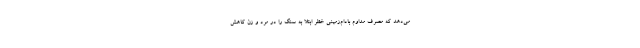
می‌دهد که مصرف مداوم بادام‌زمینی خطر ابتلا به سنگ را در مرد و زن کاهش